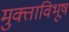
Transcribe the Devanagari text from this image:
मुक्ताविभूषं